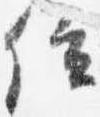
位